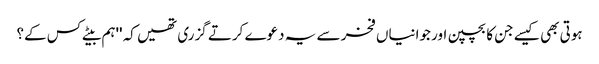
ہوتی بھی کیسے جن کا بچپن اور جوانیاں فخر سے یہ دعوے کرتے گزری تھیں کہ ''ہم بیٹے کس کے؟